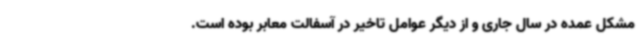
مشکل عمده در سال جاری و از دیگر عوامل تاخیر در آسفالت معابر بوده است.